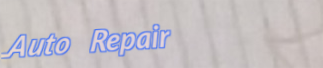
Auto Repair